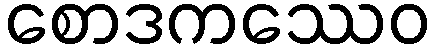
စောဒကဿေဝ